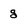
Character: g